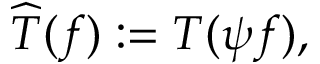
{ \widehat { T } } ( f ) : = T ( \psi f ) ,